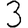
Digit: 3